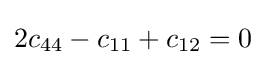
2c_{44}-c_{11}+c_{12}=0